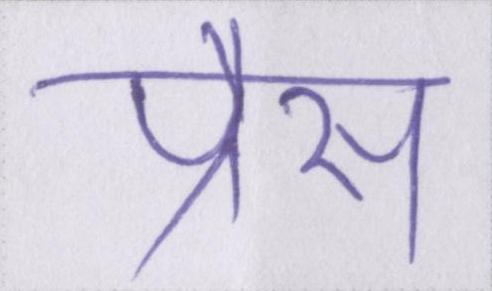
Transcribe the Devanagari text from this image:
प्रैस